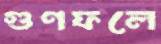
গুণফলে